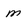
Character: m